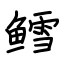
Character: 鳕